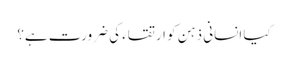
کیا انسانی ذہن کو ارتقاء کی ضرورت ہے؟